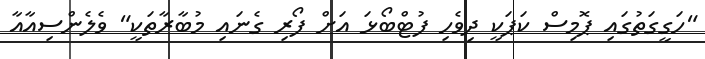
"ހަގީގަތުގައި ޕޮމިސް ކަޕަކީ ދިވެހި ފުޓްބޯޅަ އަށް ފޯރި ގެނައި މުބާރާތަކީ" ވެލެންސިއާއާ